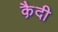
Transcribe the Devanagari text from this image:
कै़दी